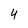
Character: 4